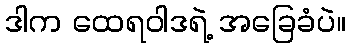
ဒါက ထေရဝါဒရဲ့ အခြေခံပဲ။